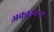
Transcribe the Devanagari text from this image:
अकाउन्टन्ट